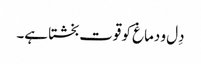
دِل و دماغ کو قوت بخشتا ہے۔